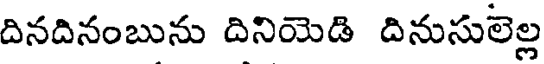
దినదినంబును దినియెడి దినుసులెల్ల